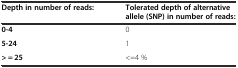
| Depth in number of reads: | Tolerated depth of alternative allele (SNP) in number of reads: |
 | --- | --- |
 | 0-4 | 0 |
 | 5-24 | 1 |
 | > = 25 | <=4 % |